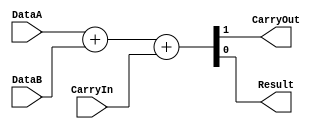
/******************************************************************************
 ** Logisim goes FPGA automatic generated Verilog code                       **
 **                                                                          **
 ** Component : Adder                                                        **
 **                                                                          **
 ******************************************************************************/

module Adder( CarryIn,
              DataA,
              DataB,
              CarryOut,
              Result);

   /***************************************************************************
    ** Here all module parameters are defined with a dummy value             **
    ***************************************************************************/
   parameter ExtendedBits = 1;
   parameter NrOfBits = 1;


   /***************************************************************************
    ** Here the inputs are defined                                           **
    ***************************************************************************/
   input  CarryIn;
   input[NrOfBits-1:0]  DataA;
   input[NrOfBits-1:0]  DataB;

   /***************************************************************************
    ** Here the outputs are defined                                          **
    ***************************************************************************/
   output CarryOut;
   output[NrOfBits-1:0] Result;

   /***************************************************************************
    ** Here the internal wires are defined                                   **
    ***************************************************************************/
   wire[ExtendedBits-1:0] s_extended_dataA;
   wire[ExtendedBits-1:0] s_extended_dataB;
   wire[ExtendedBits-1:0] s_sum_result;

    assign   {CarryOut,Result} = DataA + DataB + CarryIn;

endmodule